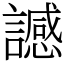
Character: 䜗